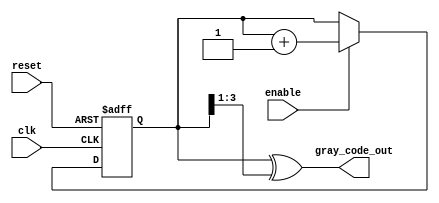
module gray_code_counter #(
    parameter N = 4 // Number of bits for the counter
)(
    input wire clk,                  // Clock signal
    input wire reset,                // Asynchronous reset signal
    input wire enable,               // Count enable signal
    output reg [N-1:0] gray_code_out // Output in Gray code
);

    reg [N-1:0] binary_count; // Internal binary counter

    // Gray code conversion function
    function [N-1:0] binary_to_gray;
        input [N-1:0] binary;
        begin
            binary_to_gray = binary ^ (binary >> 1);
        end
    endfunction

    // Flip-flop logic for the binary counter
    always @(posedge clk or posedge reset) begin
        if (reset) begin
            binary_count <= 0; // Initialize binary count to 0 on reset
        end else if (enable) begin
            binary_count <= binary_count + 1; // Increment binary count
        end
    end

    // Combinational logic to update Gray code output
    always @(*) begin
        gray_code_out = binary_to_gray(binary_count); // Convert to Gray code
    end

endmodule